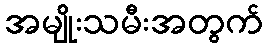
အမျိုးသမီးအတွက်